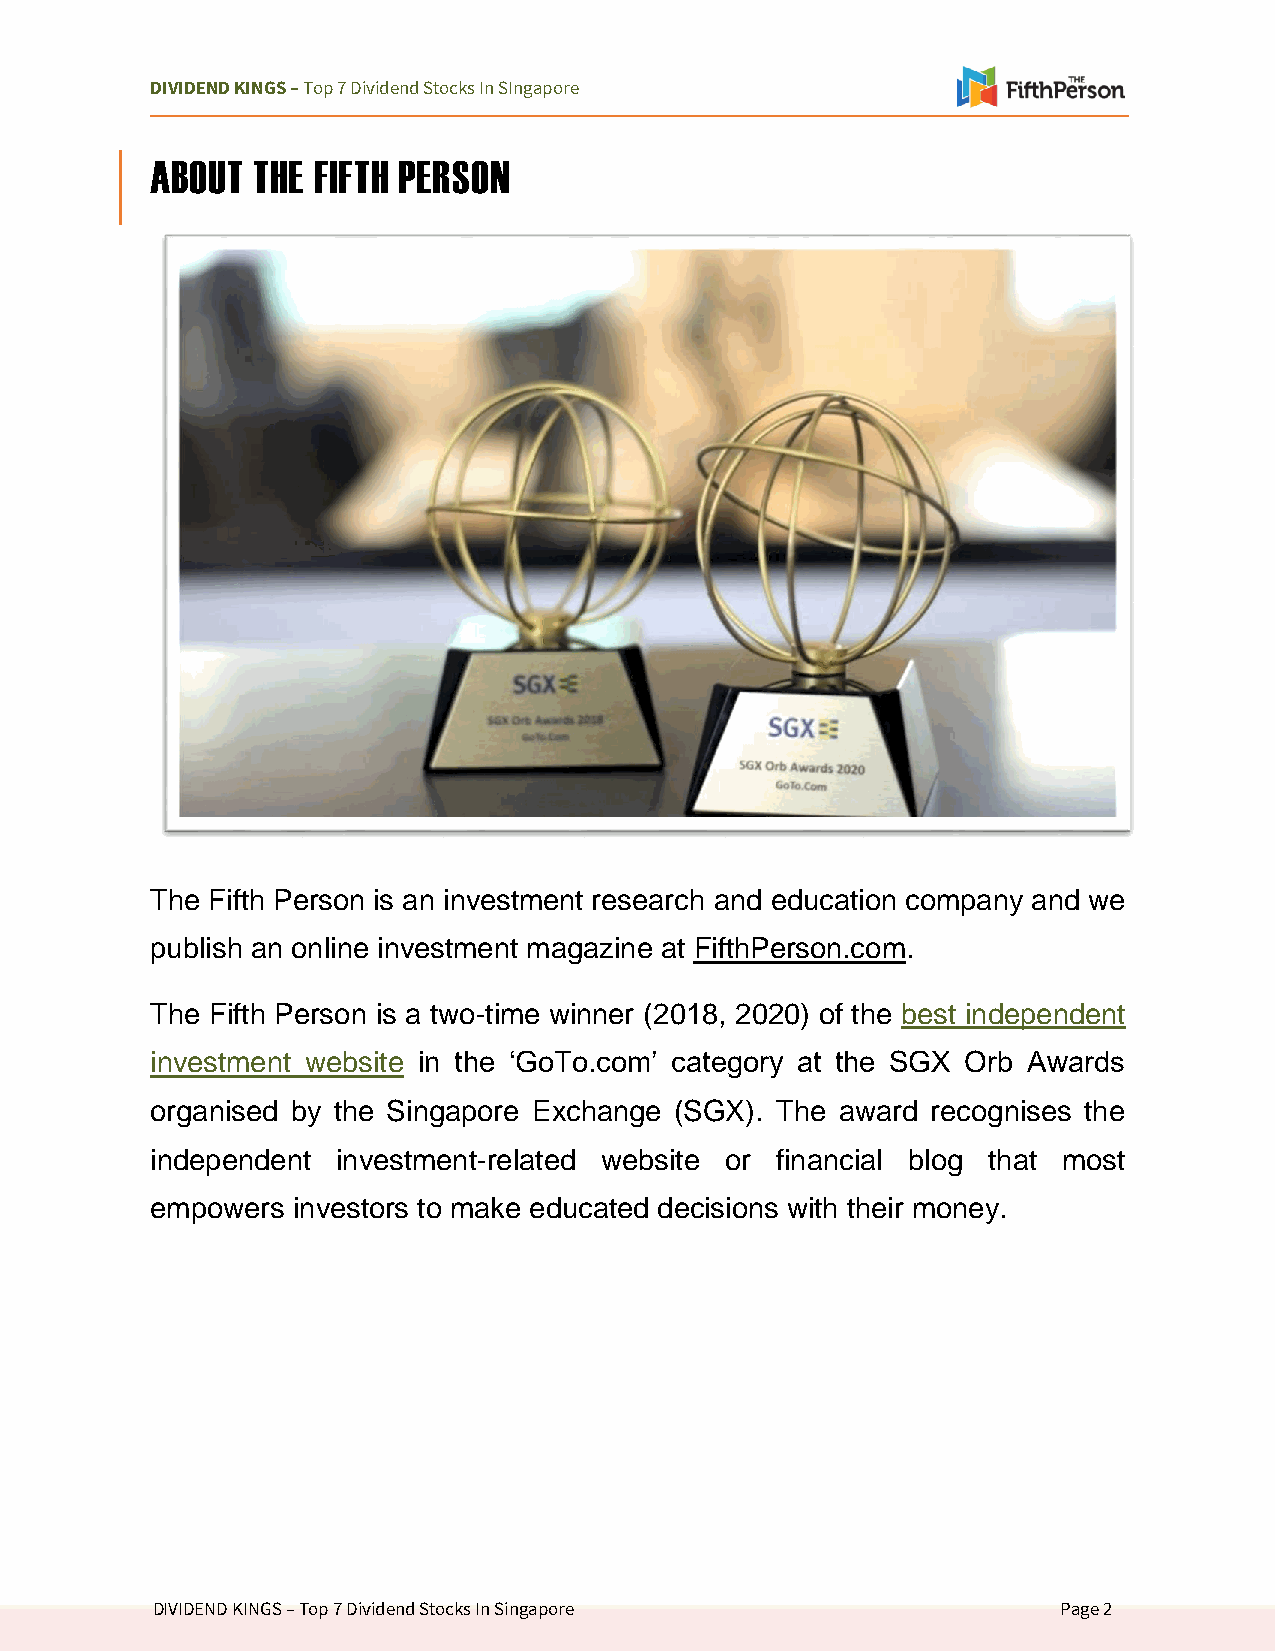
DIVIDEND KINGS – Top 7 Dividend Stocks In SIngapore
 ABOUT  THE FIFTH PERSON
 The Fifth Person is an investment research and education company and we
 publish an online investment magazine at FifthPerson.com.
 The Fifth Person is a two-time winner (2018, 2020) of the best independent
 investment website in the ‘GoTo.com’ category at the SGX Orb Awards
 organised by the Singapore Exchange (SGX). The award recognises the
 independent investment-related website or financial blog that most
 empowers investors to make educated decisions with their money.
 DIVIDEND KINGS – Top 7 Dividend Stocks In Singapore         Page 2